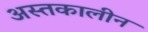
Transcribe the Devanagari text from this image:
अस्तकालीन